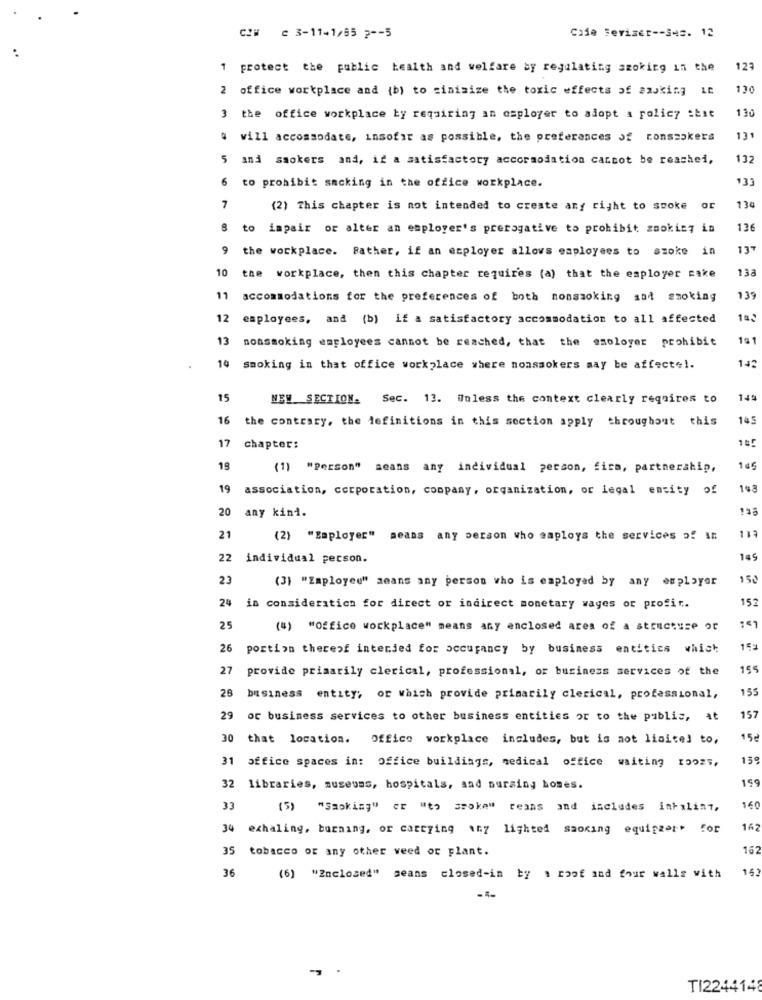
CO# 2 3-11-1/55 2 -- 5
Cafe Teriser -- Ses. 12
protect the public health and welfare ay regulating szoking in the
123
2 office workplace and (b) to minimize the toxic effects of aasking 10
130
130
3 the office workplace by requiring an caployer to adopt a policy :bit
# will accommodate, insofar as possible, the preferences of ronsmokers
131
5 and smokers and, if a satisfactory accormodation cannot be reached,
132
133
6 to prohibit sacking in the office workplace.
7
(2) This chapter is not intended to create any right to smoke or
134
8
to impair or alter an employer's prerogative to prohibit zaokicy in
136
9 the workplace. Rather, if an employer allows employees to smoke in
137
10
13a
the workplace, then this chapter requires (a) that the employer cake
11
accommodations for the preferences of both nonsmoking and smoking
139
12 employees, and (b) if a satisfactory accommodation to all affected
13
nonsmoking employees cannot be reached, that the employer prohibit
191
142
10
smoking in that office workplace where nonsmokers may be affecte !.
15
NEW SECTION. Sec. 13. Unless the context clearly requires to
149
16 the contrary, the definitions in this section apply throughout this
145
chapter:
19
(1) "Person" means any individual person, fica, partnership,
19
association, corporation, company, organization, or legal entity of
20
any kind.
133
21
(2) "Employer" means any person who employs the services of An
113
22
individual person.
145
2.3
150
(3) "Employee" means any person who is employed by any employer
152
24 in consideration for direct or indirect monetary wages or profir.
25
(4) "Office workplace" means any enclosed ares of a strucesse or
26
portion thereof intended for occupancy by business entities which
27
provide primarily clerical, professional, or business services of the
155
26
155
business entity; or which provide primarily clerical, professional,
29
or business services to other business entities or to the public, at
157
30 that location.
Office workplace includes, but is not limited to,
15€
31 office spaces in: Office buildings, medical office waiting 10025,
139
159
32 libraries, museums, hospitals, sad nursing homes.
33
(5) "Smoking" or "to smoke" reans and includes inhaling,
160
34
exhaling, burning, or carrying 17 lighted smoking equipzert for
162
35
tobacco or any other veed or plant.
162
36
151
(6) "2nclosed" seans closed-in by a roof and four walls with
TI2244148